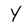
Character: Y